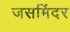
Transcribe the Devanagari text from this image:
जसमिंदर